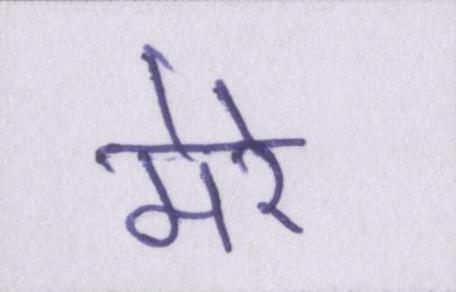
मेरे